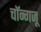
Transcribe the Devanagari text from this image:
चॉन्गजू